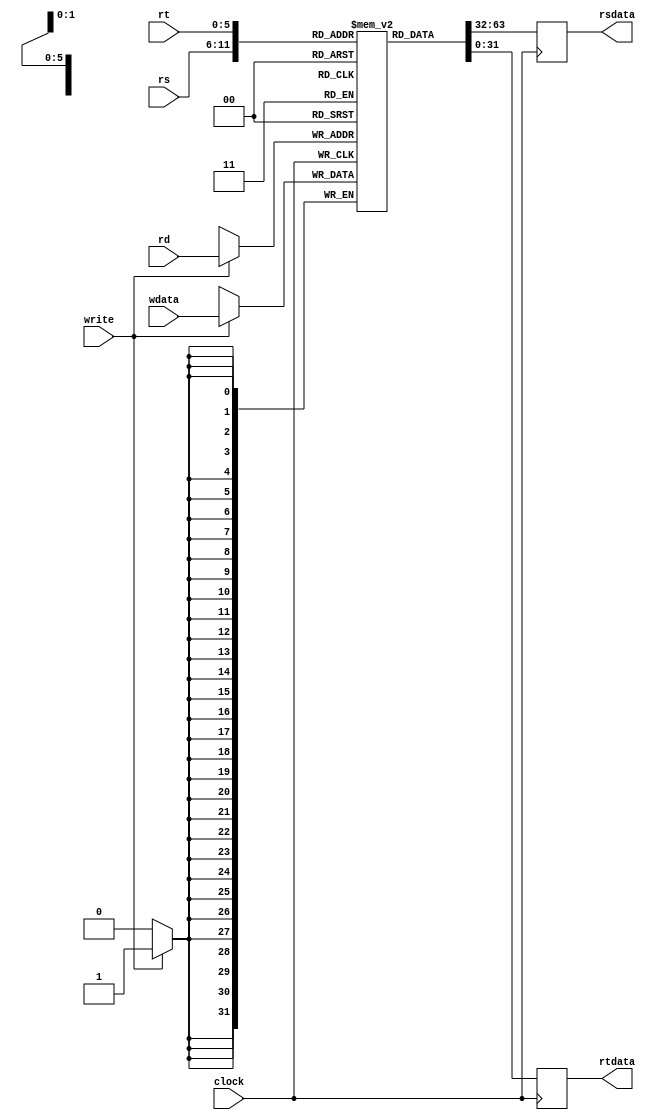
module RegisterFile(write, wdata, rs, rt, rd, clock, rsdata, rtdata);
input write, clock;
input [5:0]rs, rt, rd;
input [31:0]wdata;
output reg [31:0]rsdata, rtdata;
reg [31:0] block [63:0];
always @(posedge clock) begin
    rsdata <= block[rs];
    rtdata <= block[rt];
    if(write == 1)
        block[rd] <= wdata;
end

initial begin
    block[0] = 0;
    block[1] = 1;
    block[2] = 8;
    rsdata = 0;
    rtdata = 0;
end
endmodule